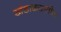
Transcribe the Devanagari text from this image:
खंडाळ्यातील